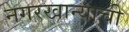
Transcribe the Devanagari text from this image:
नगरखान्याची